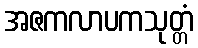
အဇကလာပကသုတ္တံ